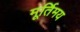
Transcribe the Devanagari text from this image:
मूर्तिमय